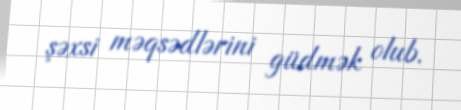
şəxsi məqsədlərini güdmək olub.